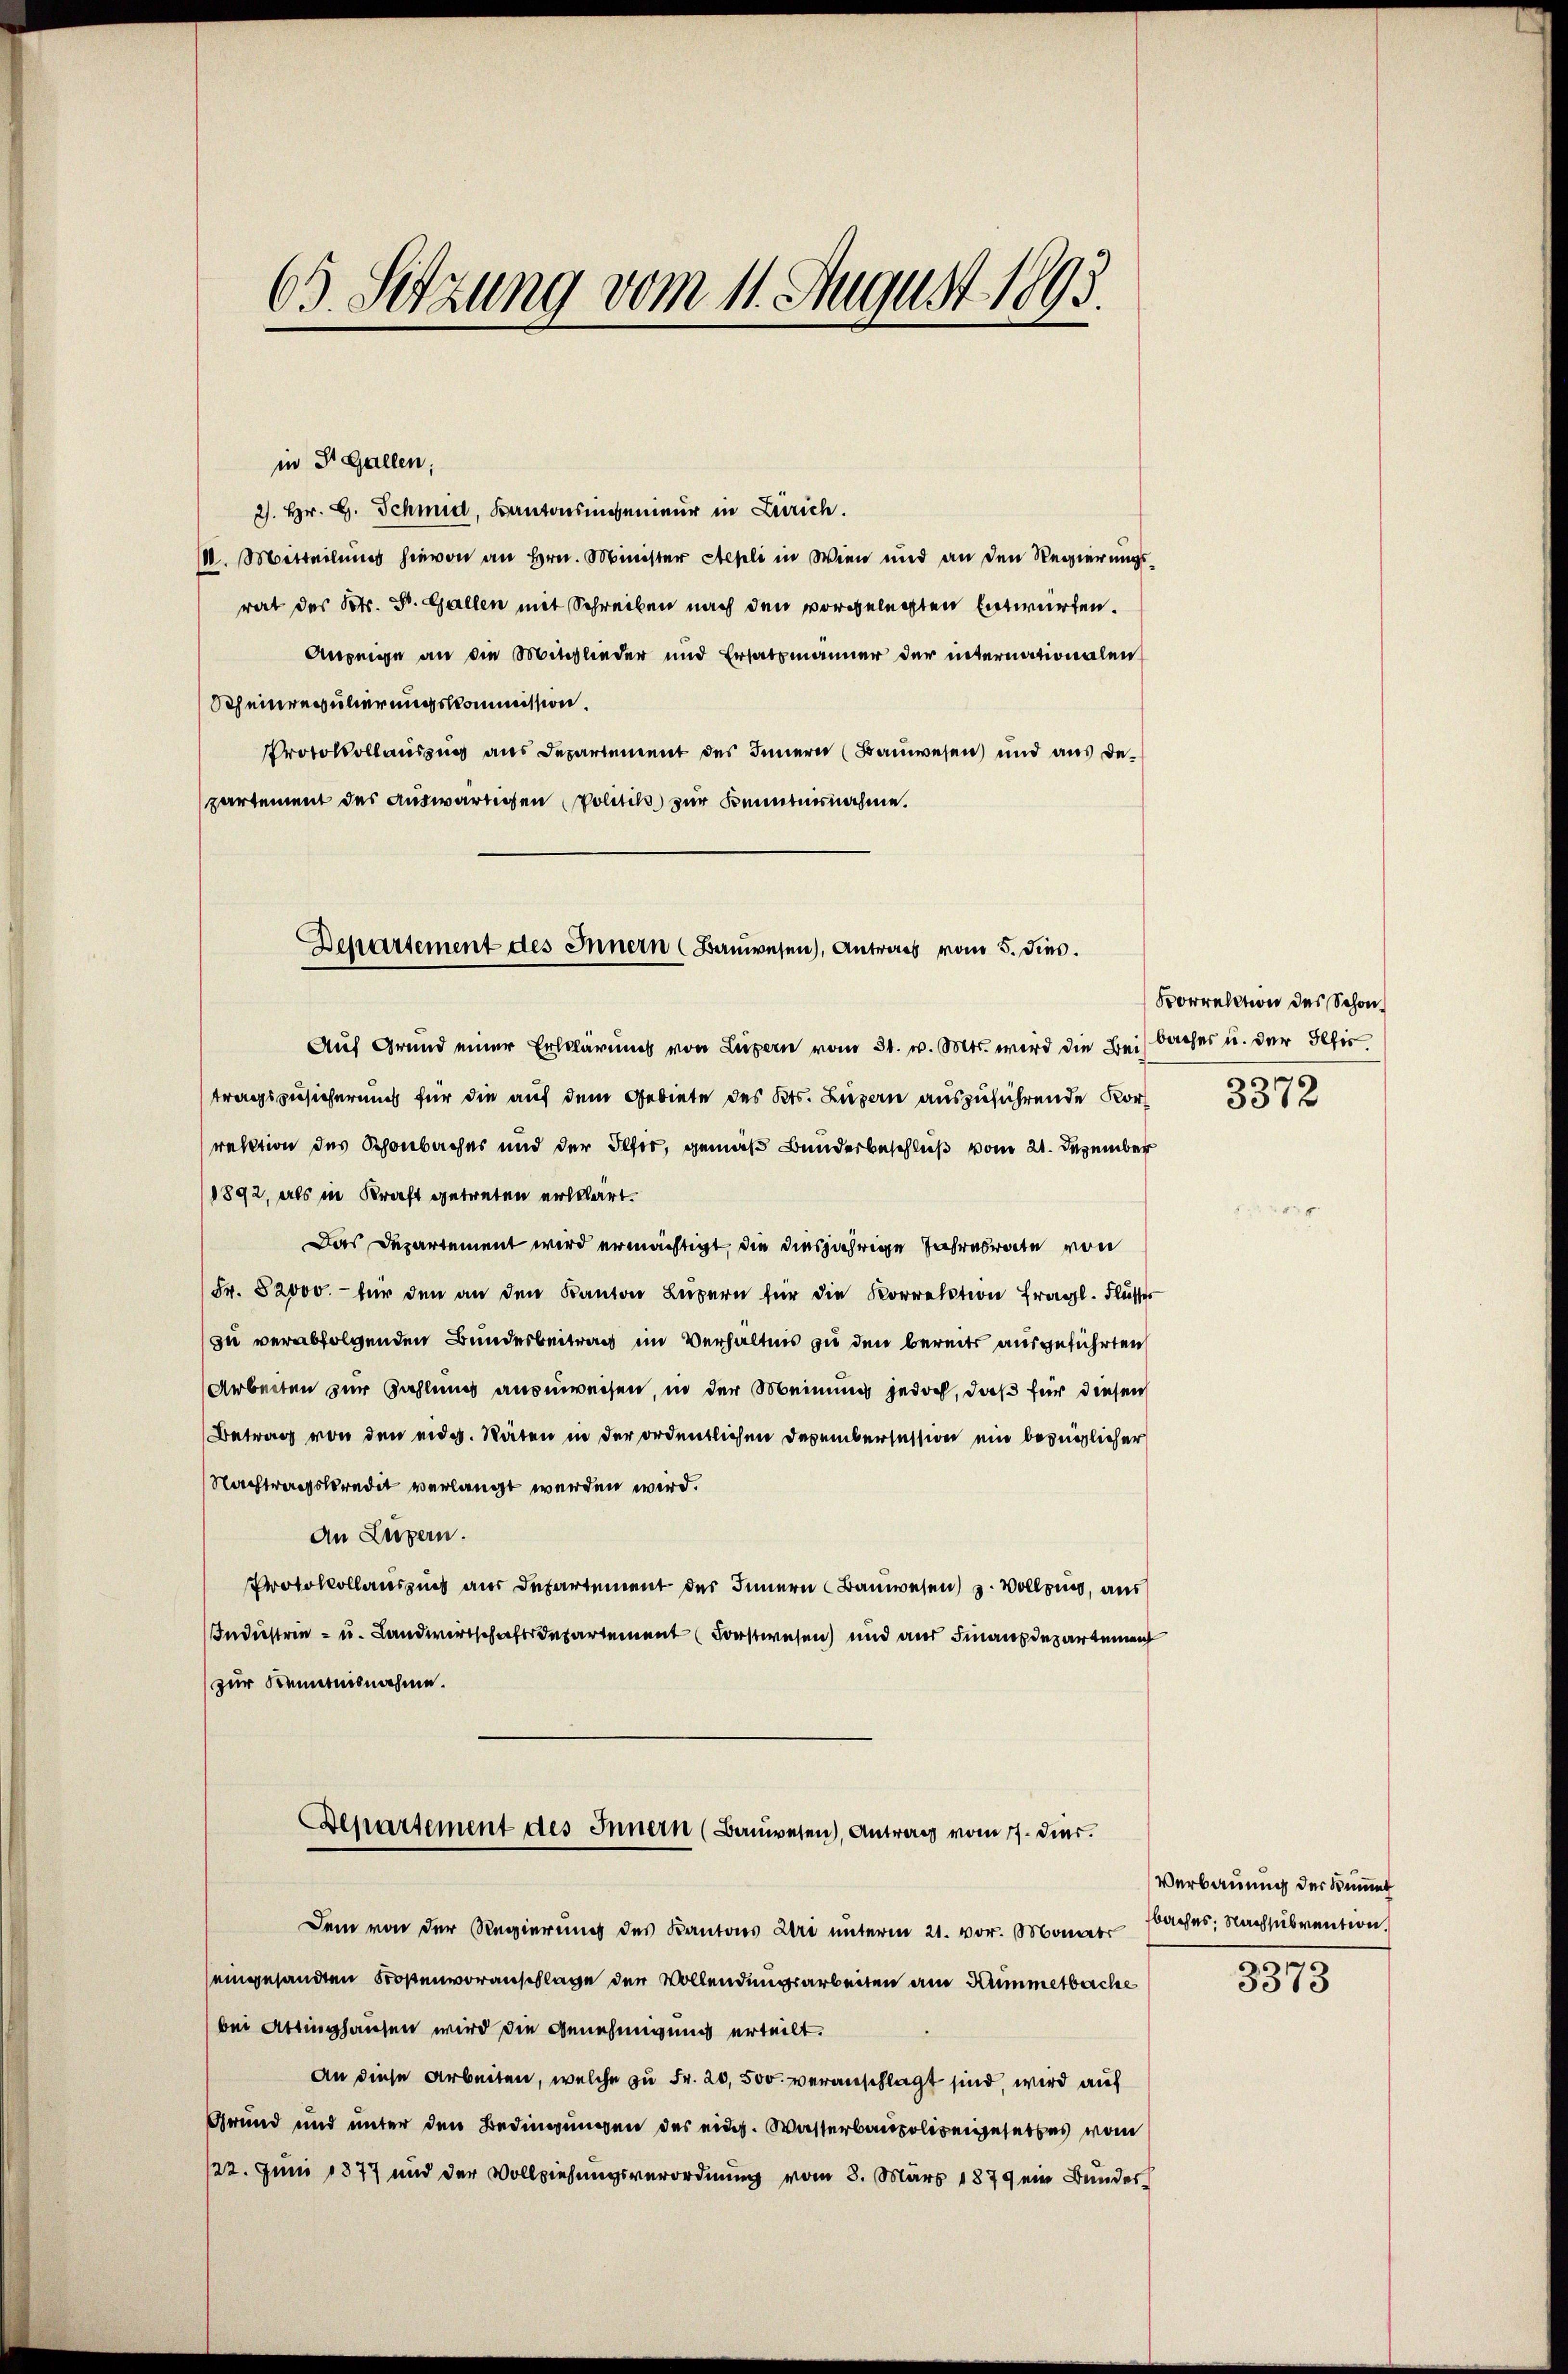
63. Setzung vom 11. August 1893.

in St. Gallen;
2). Hr. H. Schmid, Kantonsingenieur in Zürich.
V. Mitteilŭng hievon an Hrn. Minister Aepli in Wien und an den Regierungsrat des Petr. St. Gallen mit Schreiben nach den vorgelegten Entwürfen.
Anzeige an die Mitglieder und Ersatzmänner der internationalen
Scheinregulierungskommission.
Protokollauszug aus Departement des Innern (Bauwesen) und aus departement des auswärtigen Politik zur Kenntnisnahme.

Auf Grund einer Erklärung von Luzern vom 31. v. Mts. wird die Beisbaches u. der Iltis
tragszusicherung für die auf dem Gebiete des Kts. Luzern auszuführende Korrektion des Schönbacher und der Ilfer, gemäß Bunderbeschluß vom 21. Dezember
1892, als in Kraft getreten erklärt.
Das Departement wird ermächtigt, die diesjährige Jahresrate von
Fr. 82000.- für den an den Kanton Luzern für die Korrektion fragl. Flusses
zu verabfolgenden Bundesbeitrag im Verhältnis zu den bereits ausgeführten
Arbeiten zur Zahlung ausweisen, in der Meinung jedoch, daß für diesen
Betrag von den eidg. Räten in der ordentlichen Dezembersession ein bezüglicher
Nachtragskredit verlangt werden wird.
An Luzern.
Protokollauszug aus Departement des Innern Bauwesen) u. Vollzung, aus
Industrie - u. Landwirtschaftsdepartement (Forstwesen und aus Finanzdepartemen
zur Kenntnisnahme.

Departement des Innern (Bauwesen), Antrags vom 5. dies.

Dem von der Regierung des Kantons Uri unterm 21. vor. Mauer Saches Nachsubvention.
eingesandten Kostenvoranschlage den Vollendungsarbeiten am Kummetbache
bei Attinghausen wird die Genehmigung erteilt.
An diese Arbeiten, welche zu Fr. 20,500. veranschlagt sind, wird auf
Grund und unter den Bedingungen des eidg. Wasserbaupolizeigesetzes vom
22. Juni 1877 und der Vollziehungsverordnung vom 3. März 1879 ein Bundes¬

Aepartement des Innern (Bauwesen, Antrag vom 17. Dies

Forrelation des Schon

3372

Verbauung der Simet
e

3313